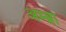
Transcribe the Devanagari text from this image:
अम्ब्रा